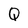
Character: Q